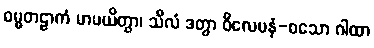
ဓမ္မတဠာကံ မာပယိတွာ၊ သီလံ ဒတွာ ဝိလေပနံ-စသော ဂါထာ